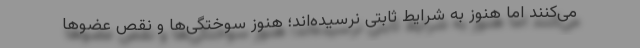
می‌کنند اما هنوز به شرایط ثابتی نرسیده‌اند؛ هنوز سوختگی‌ها و نقص عضوها